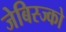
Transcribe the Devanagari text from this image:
जेबिस्ज्को